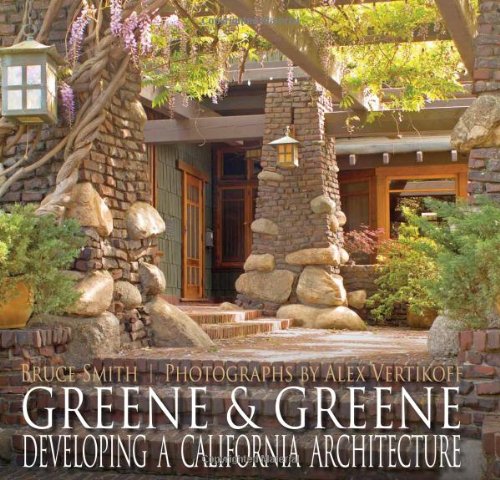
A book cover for Greene & Greene: Developing A California Architecture; Bruce Smith; Arts & Photography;